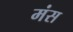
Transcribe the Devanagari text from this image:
मंस